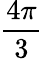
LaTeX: \frac{4\pi}{3}